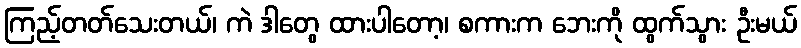
ကြည့်တတ်သေးတယ်၊ ကဲ ဒါတွေ ထားပါတော့၊ စကားက ဘေးကို ထွက်သွား ဦးမယ်